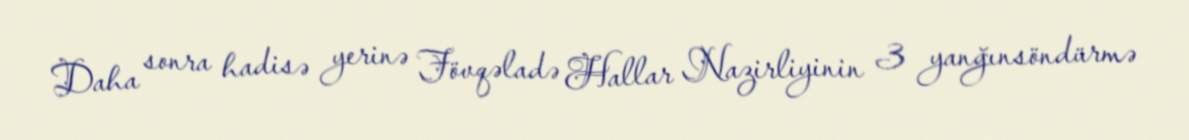
Daha sonra hadisə yerinə Fövqəladə Hallar Nazirliyinin 3 yanğınsöndürmə